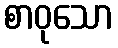
စာဝုသော